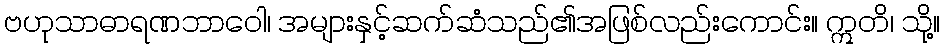
ဗဟုသာဓာရဏဘာဝေါ၊ အများနှင့်ဆက်ဆံသည်၏အဖြစ်လည်းကောင်း။ ဣတိ၊ သို့။